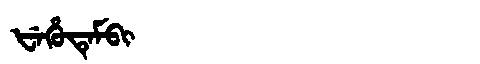
Manchu: ᡶᡝᡥᡠᡨᡝᠮᠪᡳ
Romanization: FEHUTEMBI